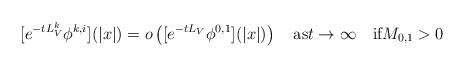
LaTeX: \begin{align*}[e^{-tL_V^k}\phi^{k,i}](|x|)=o\left([e^{-tL_V}\phi^{0,1}](|x|)\right)\quad\mbox{as}t\to\infty\quad\mbox{if}M_{0,1}>0\end{align*}